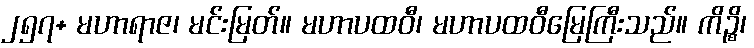
၂၅၇+ မဟာရာဇ၊ မင်းမြတ်။ မဟာပထဝီ၊ မဟာပထဝီမြေကြီးသည်။ ကိဉ္စိ၊